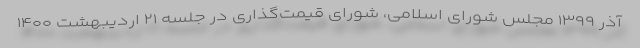
آذر ۱۳۹۹ مجلس شورای اسلامی، شورای قیمت‌گذاری در جلسه ۲۱ اردیبهشت ۱۴۰۰